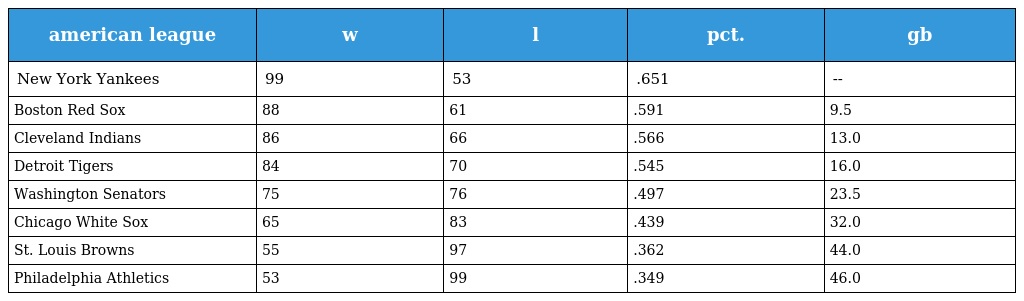
| american league | w | l | pct. | gb |
 | --- | --- | --- | --- | --- |
 | New York Yankees | 99 | 53 | .651 | -- |
 | Boston Red Sox | 88 | 61 | .591 | 9.5 |
 | Cleveland Indians | 86 | 66 | .566 | 13.0 |
 | Detroit Tigers | 84 | 70 | .545 | 16.0 |
 | Washington Senators | 75 | 76 | .497 | 23.5 |
 | Chicago White Sox | 65 | 83 | .439 | 32.0 |
 | St. Louis Browns | 55 | 97 | .362 | 44.0 |
 | Philadelphia Athletics | 53 | 99 | .349 | 46.0 |